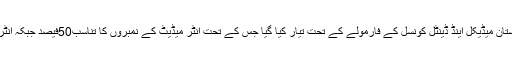
میڈیکل اور ڈینٹل کالجز میں داخلے کیلئے میرٹ پاکستان میڈیکل اینڈ ڈینٹل کونسل کے فارمولے کے تحت تیار کیا گیا جس کے تحت انٹر میڈیٹ کے نمبروں کا تناسب50فیصد جبکہ انٹری ٹیسٹ کے نمبروں کا تناسب50فیصد لیا جاتا ہے۔